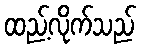
ထည့်လိုက်သည်